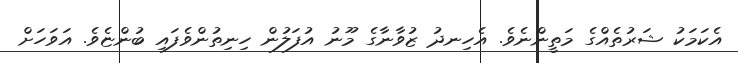
އެކަމަކު ޝަރުތެއްގެ މަތީންނެވެ. އެހިނދު ޒުވާނާގެ މޫނު އުފަލުން ހިނިތުންވެފައި ބުންޏެވެ. އަވަހަށް